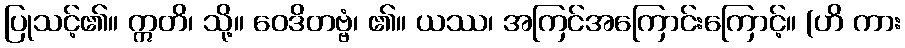
ပြုသင့်၏။ ဣတိ၊ သို့။ ဝေဒိတဗ္ဗံ၊ ၏။ ယဿ၊ အကြင်အကြောင်းကြောင့်။ (ဟိ ကား